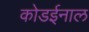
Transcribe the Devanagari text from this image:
कोडईनाल